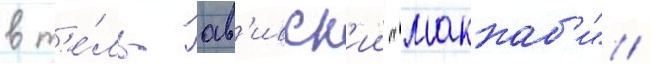
в т'е́ль-ав'ивск'ии "маккаб'и" /